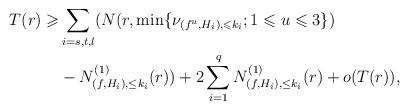
LaTeX: \begin{align*}T(r)\geqslant&\sum_{i=s,t,l}(N(r,\min\{\nu_{(f^u,H_i),\leqslant k_i};1\leqslant u\leqslant 3\})\\&-N^{(1)}_{(f,H_i),\le k_i}(r))+ 2\sum_{i=1}^qN^{(1)}_{(f,H_i),\le k_i}(r)+o(T(r)),\end{align*}